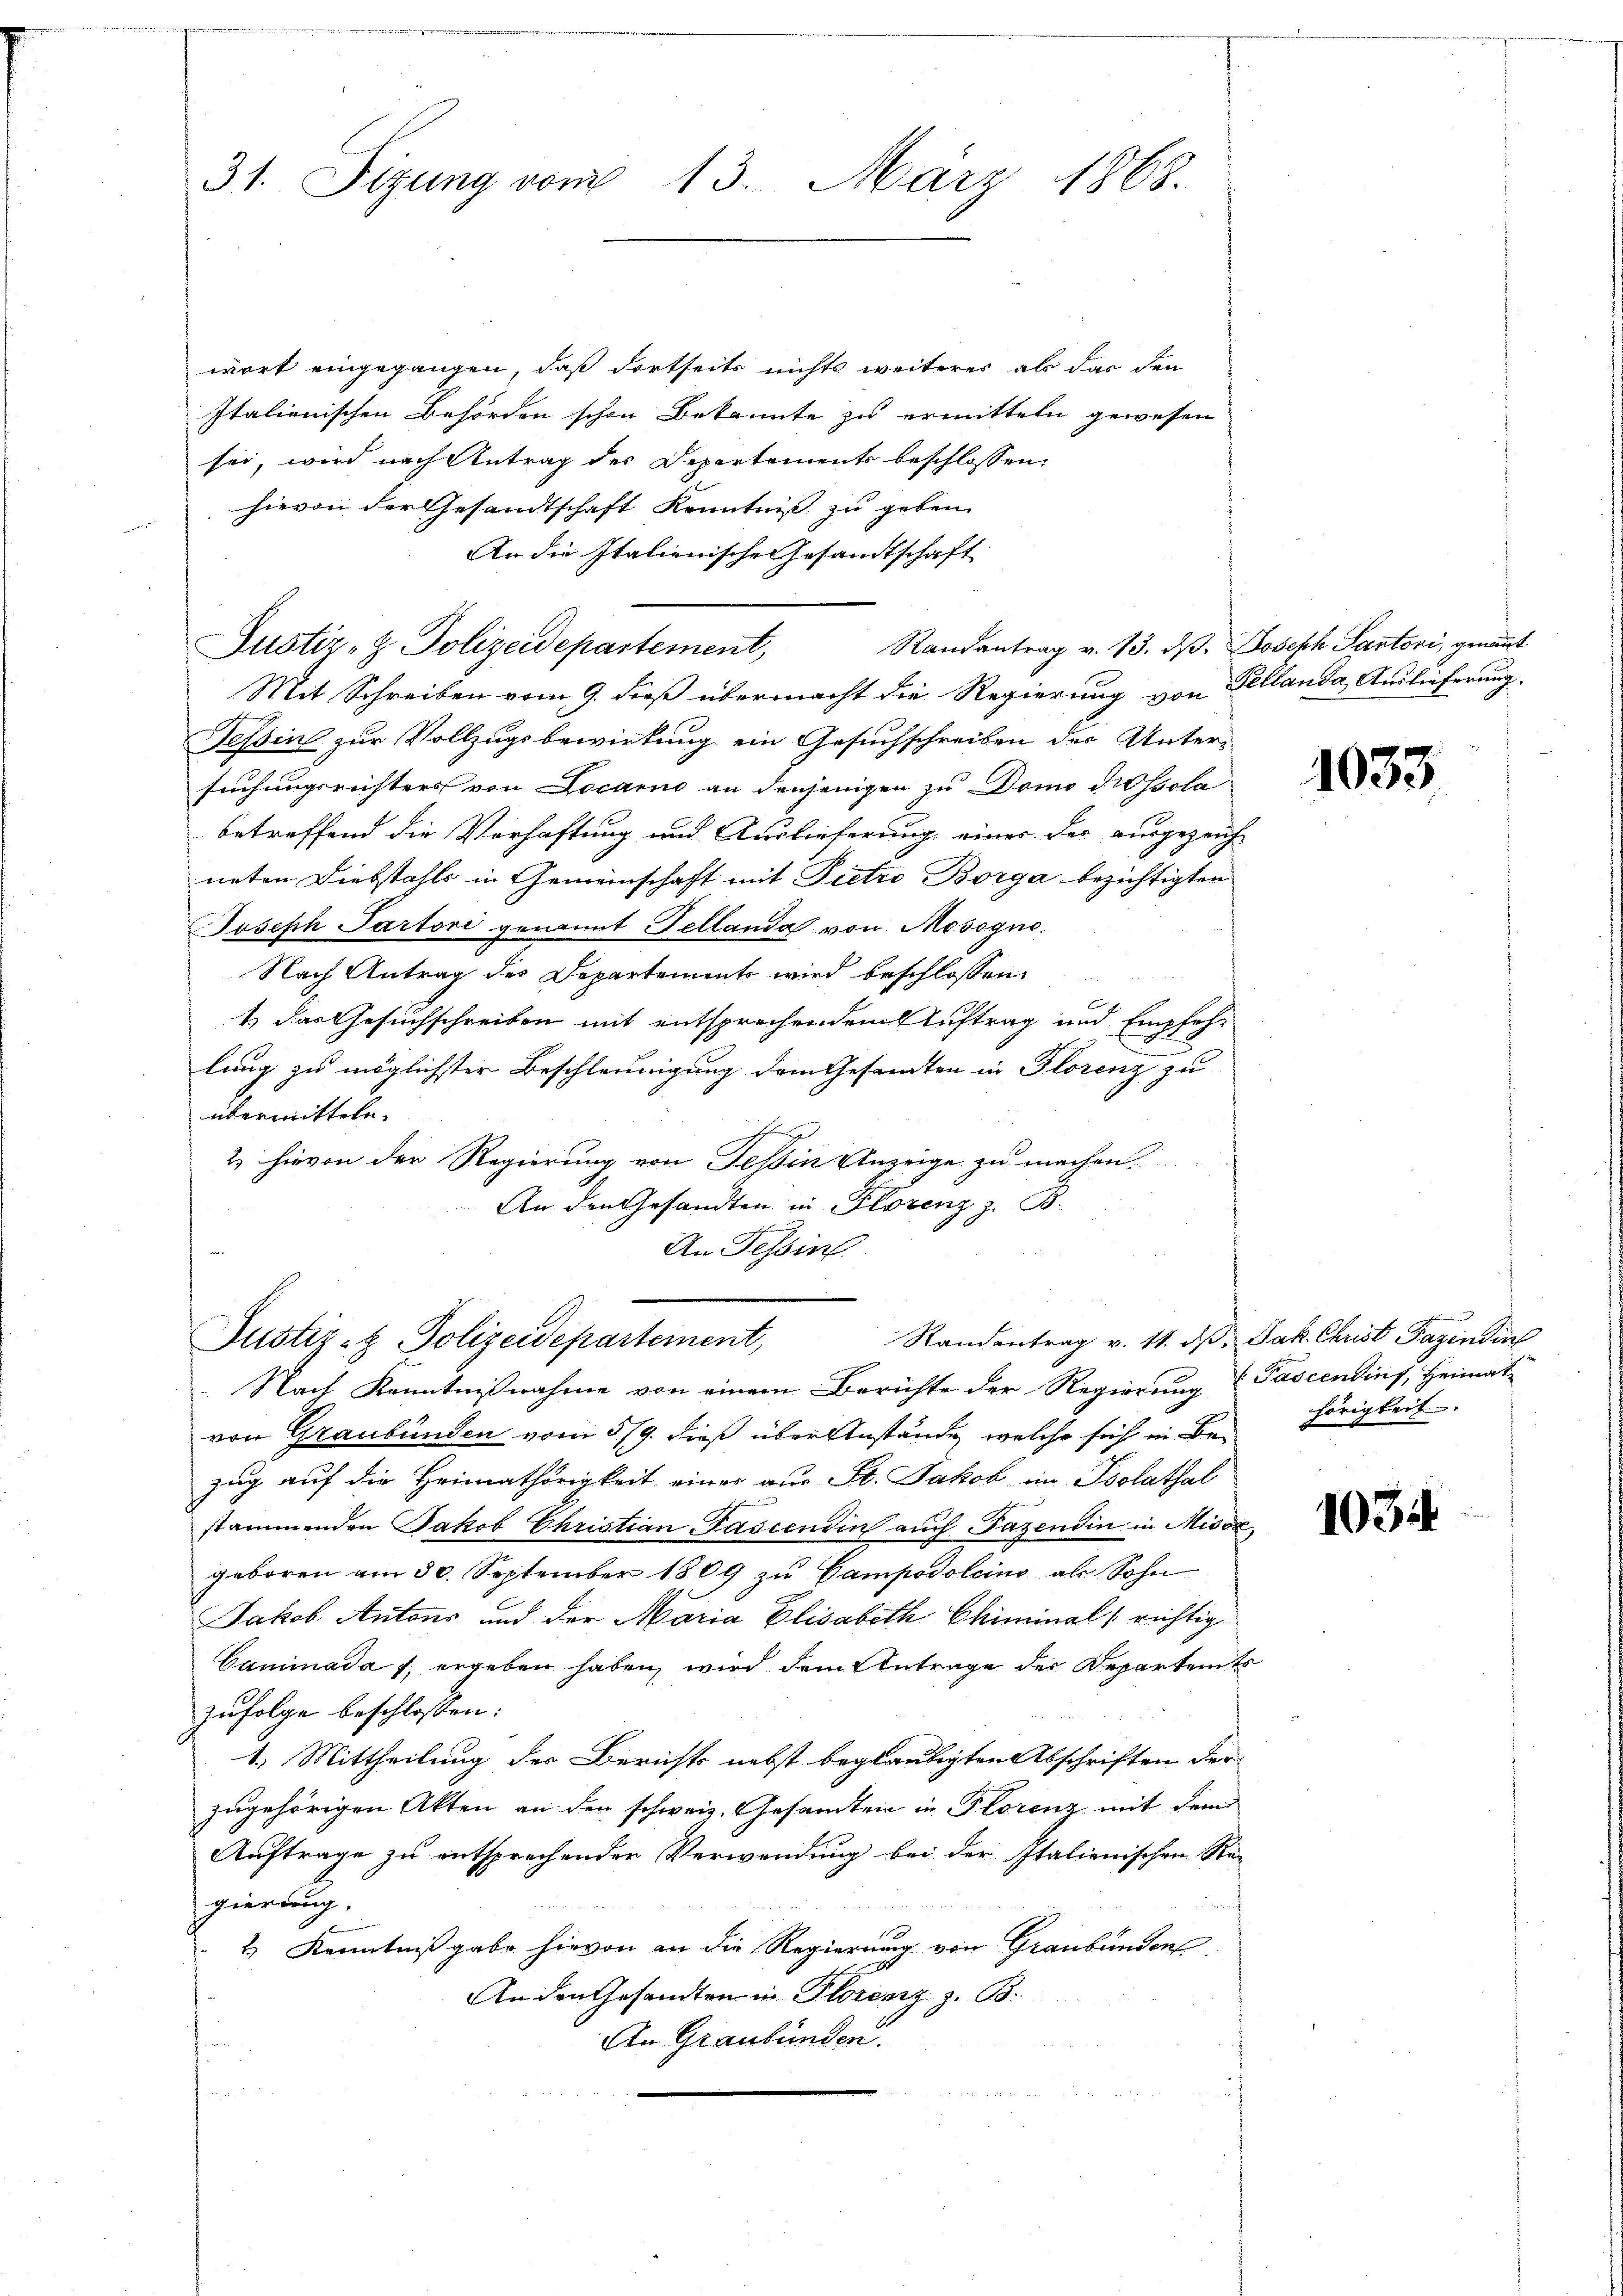
31. Sizung vom 13. März 1868.

wort eingegangen, daß dortseits nichts weiterer als das den
Italienischen Behörden schon Bekannte zu ermitteln gewesen
sei, wird nach Antrag des Departements beschlossen.
hievon der Gesandtschaft Kenntniß zu geben.

An die Italienische Gesandtschaft
Randantrag v. 13. ds. Joseph Partori, genannt
Mit Schreiben vom 9. dieß übermacht die Regierung von Fellanda Auslieferung.
Tessin zur Vollzugsbewirkung ein Gesuchschreiben der Untersuchungsrichters von Locarno an denjenigen zu Domo dissola
betreffend die Verhaftung und Auslieferung einer der ausgezeich-
neten Diebstahls in Gemeinschaft mit Pietro Borga bezichtigten
Joseph Partori genannt Tellanda von Mesogne.
Nach Antrag des Departements wird beschlossen:
1) das Gesuchschreiben mit entsprochendem Auftrag und Empfehlung zu möglichster Beschleunigung dem Gesandten in Florenz zu
übermitteln.
2. hievon der Regierung von Tessin Anzeige zu machen.
An den Gesandten in Florenz z. B.
An Tessin

Justiz- & Polizeidepartement,

Nach Kenntnißnahme von einem Berichte der Regierung
von Graubünden vom 5/9. dieß über Anstände, welche sich in Behörigkeit.
zug auf die Heimathörigkeit eines aus St. Jakob im Psolathal
stammenden Jakob Christian Pascendin auch Fazendin in Misox,
geboren am 30. September 1809 zu Campodolcino als Sohn
Jakob Antons und der Maria Elisabeth Chiminal richtig
Caninada 7, ergeben haben, wird dem Antrage der Departents
zufolge beschlossen:
1. Mittheilung der Berichts nebst beglaubigten Abschriften der
zugehörigen Akten an den schweiz. Gesamten in Florenz mit dem
Auftrage zu entsprechenden Verwendung bei der Italienischen Regierung.
2.) Kenntnißgabe hievon an die Regierung von Graubünden
An den Gesandten in Florenz z. B.
An Graubünden.

Justiz- & Polizeideparteinent,

1633

Randentrag v. 11. d. Jak. Christ Tagendin
 Pascendinf, Heimat

1034